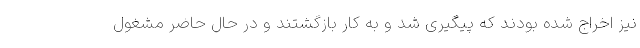
نیز اخراج شده بودند که پیگیری شد و به کار بازگشتند و در حال حاضر مشغول